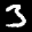
Label: 3